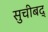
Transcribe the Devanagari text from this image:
सुचीबद्